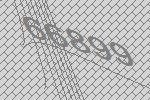
66899